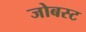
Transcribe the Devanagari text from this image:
जोबस्ट